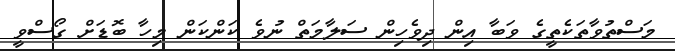
މަސްތުވާތަކެތީގެ ވަބާ އިން ދިވެހިން ސަލާމަތް ނުވެ ކަންކަން މިހާ ބޮޑަށް ގޯސްވީ